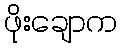
ဖိုးချောက